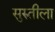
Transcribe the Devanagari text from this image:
सुरुतीला